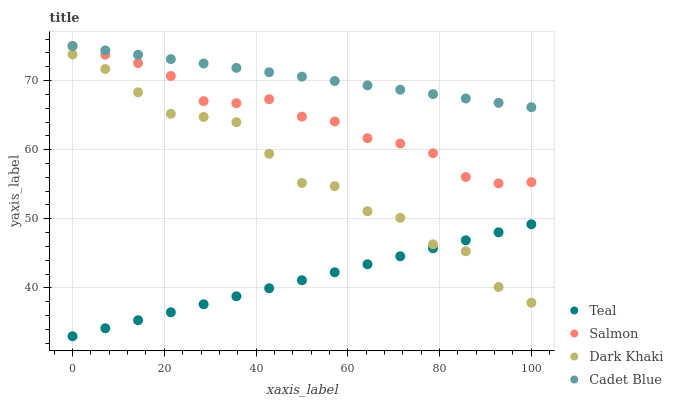
| xaxis_label | Teal | Salmon | Dark Khaki | Cadet Blue |
 | --- | --- | --- | --- | --- |
 | 0 | 33 | 75 | 73.8 | 75 |
 | 7.14 | 34.2 | 73.7 | 71.7 | 74.4 |
 | 14.3 | 35.3 | 72.5 | 68.3 | 73.7 |
 | 21.4 | 36.5 | 70.7 | 65.2 | 73.1 |
 | 28.6 | 37.6 | 67 | 64.7 | 72.5 |
 | 35.7 | 38.8 | 66.7 | 64 | 71.8 |
 | 42.9 | 39.9 | 67.3 | 59.4 | 71.2 |
 | 50 | 41.1 | 64.8 | 55.2 | 70.6 |
 | 57.1 | 42.3 | 64.1 | 54.7 | 69.9 |
 | 64.3 | 43.4 | 61.7 | 51.1 | 69.3 |
 | 71.4 | 44.6 | 60.9 | 50.1 | 68.7 |
 | 78.6 | 45.7 | 59.5 | 46.3 | 68 |
 | 85.7 | 46.9 | 56 | 45.3 | 67.4 |
 | 92.9 | 48 | 55.1 | 40.1 | 66.8 |
 | 100 | 49.2 | 55.3 | 37.9 | 66.1 |